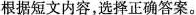
根据短文内容,选择正确答案。